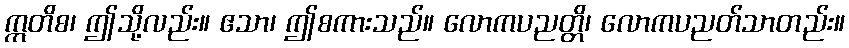
ဣတိစ၊ ဤသို့လည်း။ ဧသာ၊ ဤစကားသည်။ လောကပညတ္တိ၊ လောကပညတ်သာတည်း။